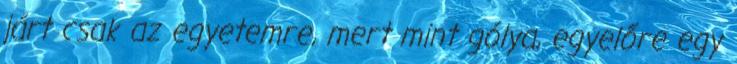
járt csak az egyetemre, mert mint gólya, egyelőre egy